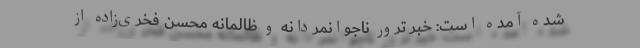
شده آمده است: خبر ترور ناجوانمردانه و ظالمانه‌ محسن فخری‌زاده از